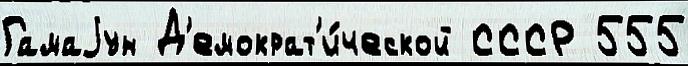
Гамаjун Д'емократ'и́ческой СССР 555